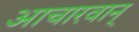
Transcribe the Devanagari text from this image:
आचारवान्